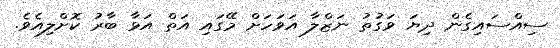
ސިއްސައިގެން ދިޔަ ވަގުތު ނަޒްލާ އަވަހަށް މޭގައި އަތް އަޅާ ބާރު ކޮށްލިއެވެ.